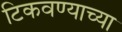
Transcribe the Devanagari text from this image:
टिकवण्याच्या